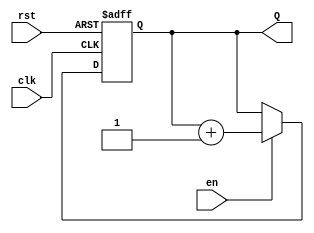
module SynchronousCounter (
    input wire clk,      // Clock input
    input wire rst,      // Asynchronous reset input
    input wire en,       // Enable input
    output reg [3:0] Q   // 4-bit output count
);

    // Synchronous counter operation
    always @(posedge clk or posedge rst) begin
        if (rst) begin
            Q <= 4'b0000; // Reset to 0
        end else if (en) begin
            Q <= Q + 1;   // Increment count when enabled
        end
    end

endmodule